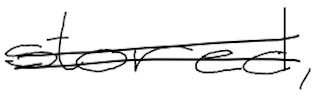
Text: stored,
Cross-out: double-line
Writing tool: digital_black